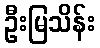
ဦးမြသိန်း